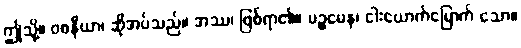
ဤသို့။ ဝစနီယာ၊ ဆိုအပ်သည်။ အဿ၊ ဖြစ်ရာ၏။ ပဉ္စမေန၊ ငါးယောက်မြောက် သော။